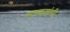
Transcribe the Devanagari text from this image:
मरठ्यांनी